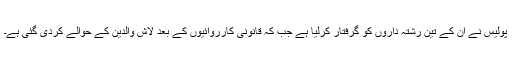
پولیس نے ان کے تین رشتہ داروں کو گرفتار کرلیا ہے جب کہ قانونی کارروائیوں کے بعد لاش والدین کے حوالے کردی گئی ہے۔